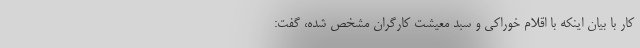
کار با بیان اینکه با اقلام خوراکی و سبد معیشت کارگران مشخص شده، گفت: